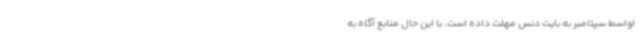
اواسط سپتامبر به بایت دنس مهلت داده است. با این حال منابع آگاه به